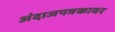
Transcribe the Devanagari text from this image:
अंदाजपत्रकावर